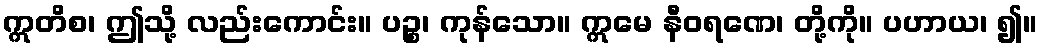
ဣတိစ၊ ဤသို့ လည်းကောင်း။ ပဉ္စ၊ ကုန်သော။ ဣမေ နီဝရဏေ၊ တို့ကို။ ပဟာယ၊ ၍။